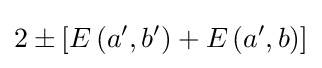
2\pm \left[E\left(a',b'\right)+E\left(a',b\right)\right]